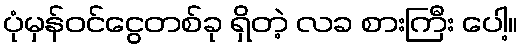
ပုံမှန်ဝင်ငွေတစ်ခု ရှိတဲ့ လခ စားကြီး ပေါ့။